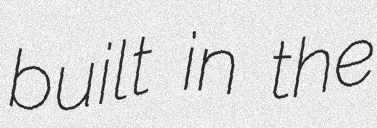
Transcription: built in the